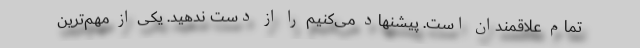
تمام علاقمندان است. پیشنهاد می‌کنیم را از دست ندهید. یکی از مهم‌ترین